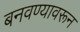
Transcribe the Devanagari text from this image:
बनवण्यावरून